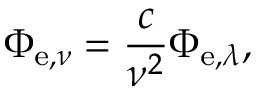
\Phi _ { \mathrm { e } , \nu } = { \frac { c } { \nu ^ { 2 } } } \Phi _ { \mathrm { e } , \lambda } ,